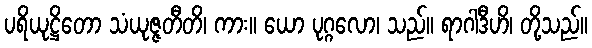
ပရိယုဋ္ဌိတော သံယုဇ္ဇတီတိ၊ ကား။ ယော ပုဂ္ဂလော၊ သည်။ ရာဂါဒီဟိ၊ တို့သည်။